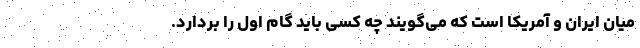
میان ایران و آمریکا است که می‌گویند چه کسی باید گام اول را بردارد.